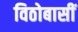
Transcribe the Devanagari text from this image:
विठोबासीं